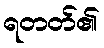
ရတတ်၏